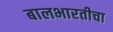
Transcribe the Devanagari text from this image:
बालभारतीचा